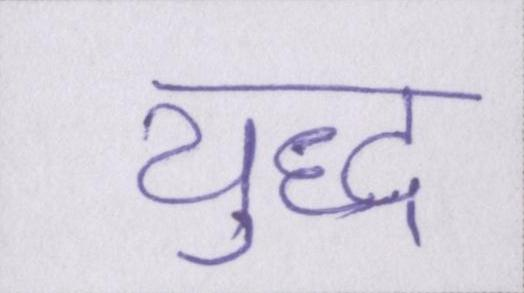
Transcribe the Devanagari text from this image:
युद्ध